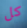
كل